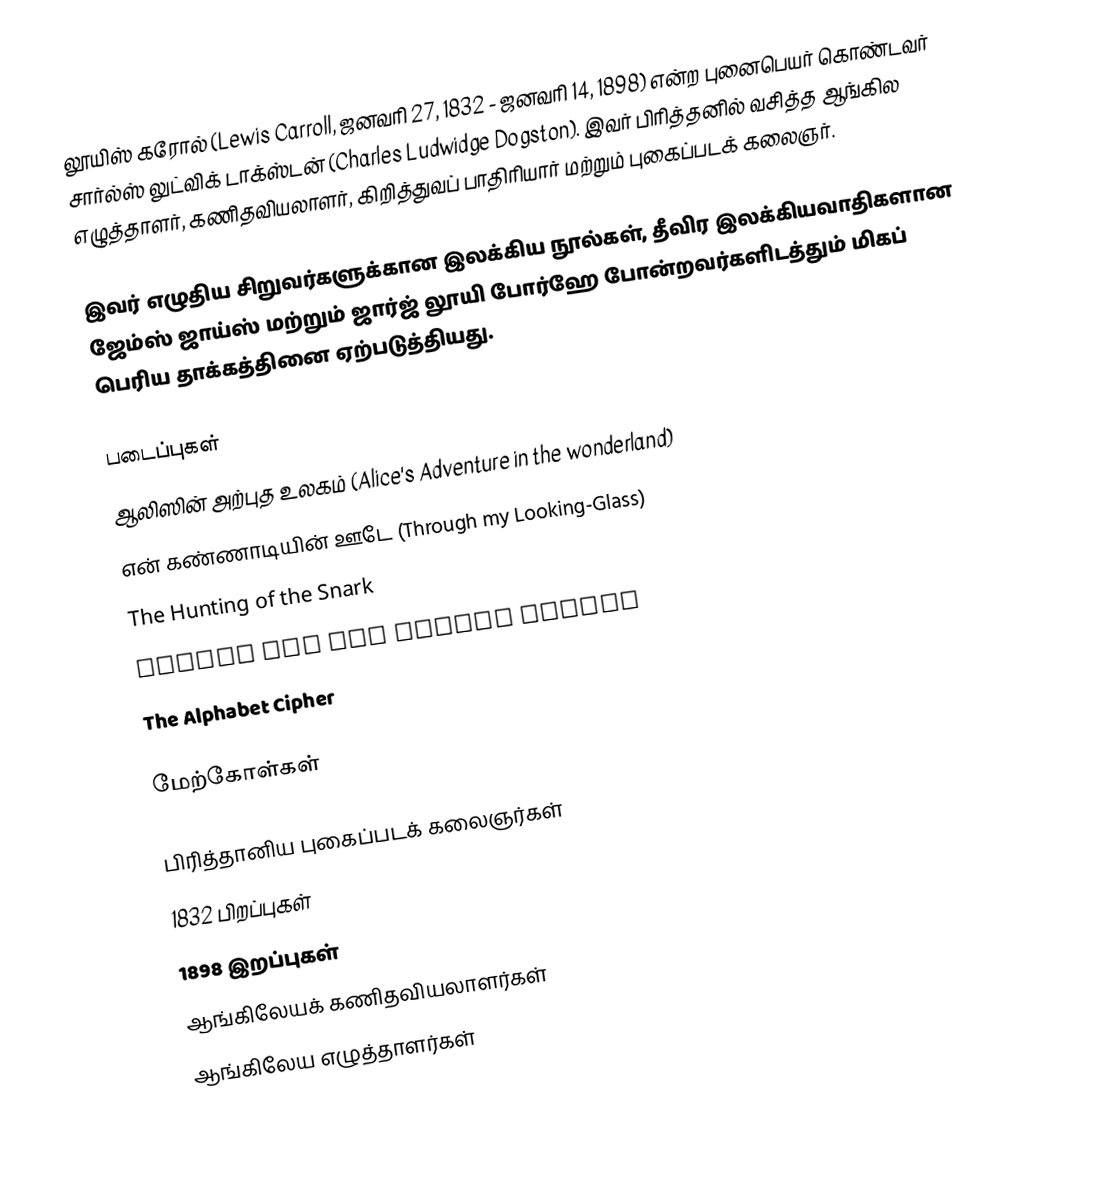
லூயிஸ் கரோல் (Lewis Carroll, ஜனவரி 27, 1832 - ஜனவரி 14, 1898) என்ற புனைபெயர் கொண்டவர் சார்ல்ஸ் லுட்விக் டாக்ஸ்டன் (Charles Ludwidge Dogston). இவர் பிரித்தனில் வசித்த ஆங்கில எழுத்தாளர், கணிதவியலாளர், கிறித்துவப் பாதிரியார் மற்றும் புகைப்படக் கலைஞர்.

இவர் எழுதிய சிறுவர்களுக்கான இலக்கிய நூல்கள், தீவிர இலக்கியவாதிகளான ஜேம்ஸ் ஜாய்ஸ் மற்றும் ஜார்ஜ் லூயி போர்ஹே போன்றவர்களிடத்தும் மிகப் பெரிய தாக்கத்தினை ஏற்படுத்தியது.

படைப்புகள்
 ஆலிஸின் அற்புத உலகம் (Alice's Adventure in the wonderland)
 என் கண்ணாடியின் ஊடே (Through my Looking-Glass)
 The Hunting of the Snark
 Euclid and his Modern Rivals
 The Alphabet Cipher

மேற்கோள்கள்

பிரித்தானிய புகைப்படக் கலைஞர்கள்
1832 பிறப்புகள்
1898 இறப்புகள்
ஆங்கிலேயக் கணிதவியலாளர்கள்
ஆங்கிலேய எழுத்தாளர்கள்